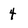
Character: 4